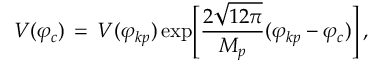
V ( \varphi _ { c } ) \, = \, V ( \varphi _ { k p } ) \exp \Biggr [ \frac { 2 \sqrt { 1 2 \pi } } { M _ { p } } ( \varphi _ { k p } - \varphi _ { c } ) \Biggr ] \, ,